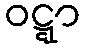
ဝဋ္ဋာ